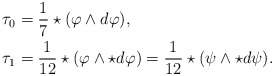
\begin{align*}\begin{aligned} \tau_0 &= \frac{1}{7} \star (\varphi \wedge d\varphi), \\ \tau_1 &= \frac{1}{12} \star (\varphi \wedge \star d\varphi) = \frac{1}{12} \star (\psi \wedge \star d\psi).\end{aligned}\end{align*}